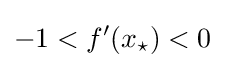
-1<f'(x_{\star })<0\